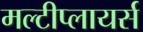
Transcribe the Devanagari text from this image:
मल्टीप्लायर्स